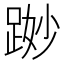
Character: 𨁭